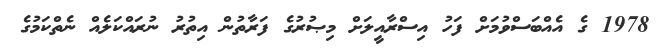
1978 ގެ އެއްބަސްވުމަށް ފަހު އިސްރާއީލަށް މިޞުރުގެ ފަރާތުން އިތުރު ނުރައްކަލެއް ނެތްކަމުގެ